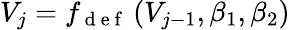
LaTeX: V_{j}=f_{\mathrm{~d~e~f~}}\left(V_{j-1},\beta_{1},\beta_{2}\right)